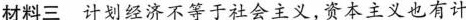
材料三 计划经济不等于社会主义，资本主义也有计